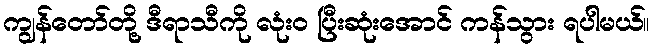
ကျွန်တော်တို့ ဒီရာသီကို လုံး၀ ပြီးဆုံးအောင် ကန်သွား ရပါမယ်။